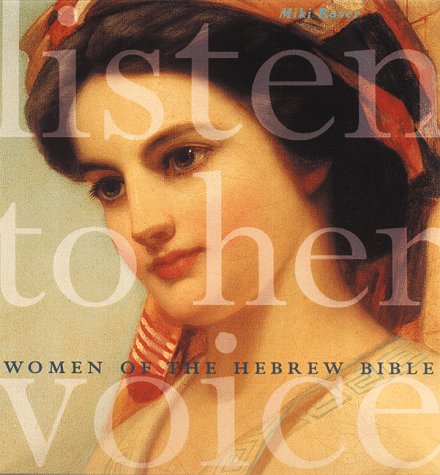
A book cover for Listen to Her Voice: Women of the Hebrew Bible; Miki Raver; Politics & Social Sciences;